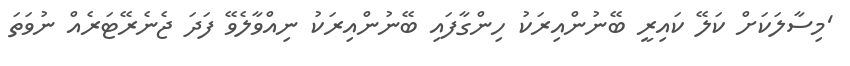
'މިސާލަކަށް ކަލޭ ކައިރީ ބޭނުންއިރަކު ހިންގާފައި ބޭނުންއިރަކު ނިއްވާލެވޭ ފަދަ ޖެނެރޭޓަރެއް ނުވަތަ